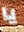
يا